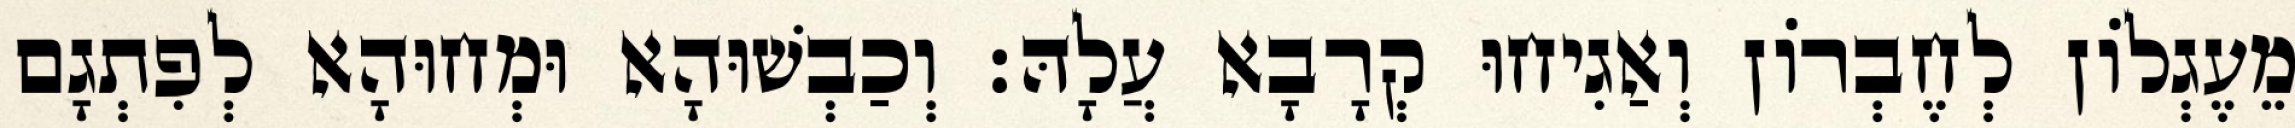
מֵעֶגְלוֹן לְחֶבְרוֹן וְאַגִיחוּ קְרָבָא עֲלָהּ׃ וְכַבְשׁוּהָא וּמְחוּהָא לְפִתְגָם